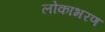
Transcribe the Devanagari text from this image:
लोकाभरण